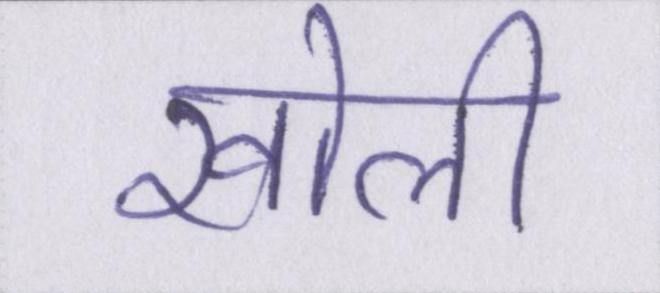
खोली